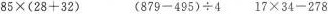
$$8 5 \times ( 2 8 + 3 2 )$$ $$( 8 7 9 - 4 9 5 ) \div 4$$ $$1 7 \times 3 4 - 2 7 8$$